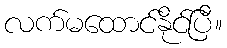
လက်မထောင်နိုင်ပြီ။